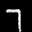
Label: 7